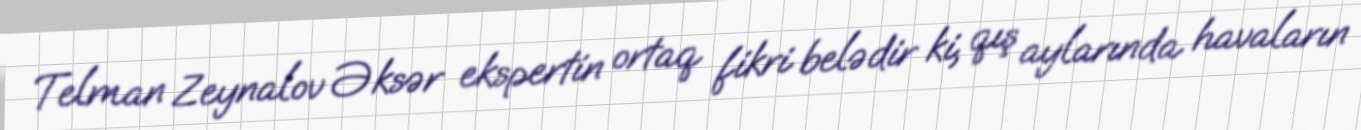
Telman Zeynalov Əksər ekspertin ortaq fikri belədir ki, qış aylarında havaların